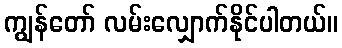
ကျွန်တော် လမ်းလျှောက်နိုင်ပါတယ်။